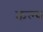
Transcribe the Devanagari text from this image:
कल्‍प